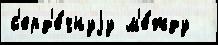
с'ерд'е́чнуjу м'е́жду